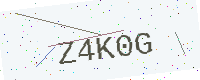
Text: Z4K0G